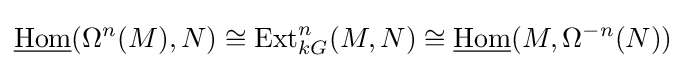
{\underline {\mathrm {Hom} }}(\Omega ^{n}(M),N)\cong \mathrm {Ext} _{kG}^{n}(M,N)\cong {\underline {\mathrm {Hom} }}(M,\Omega ^{-n}(N))